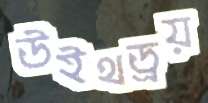
উইথড্রয়